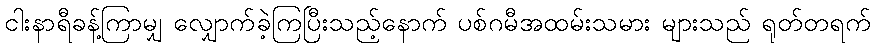
ငါးနာရီခန့်ကြာမျှ လျှောက်ခဲ့ကြပြီးသည့်နောက် ပစ်ဂမီအထမ်းသမား များသည် ရုတ်တရက်